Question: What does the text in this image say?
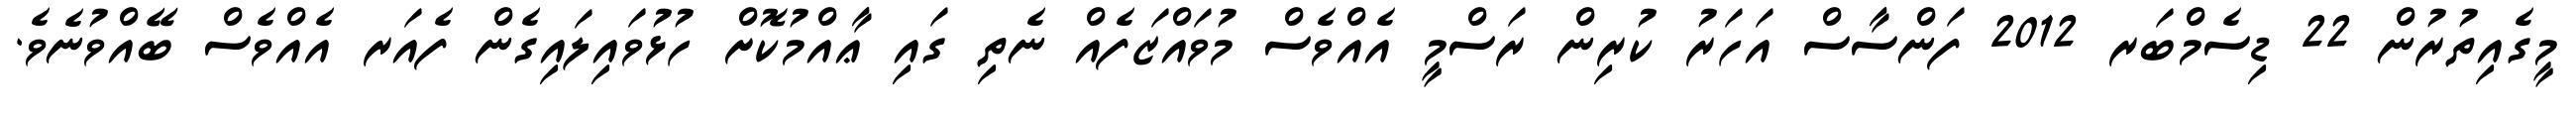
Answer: މީގެއިތުރުން 22 ޑިސެމްބަރ 2012 ފަންސާސް އަހަރު ކުރިން ރަސްމީ އެއްވެސް މުވައްޒަފެއް ނެތި ގައި ޢާއްމުކޮށް ހުޅުވައިލައިގެން ފެއަރ އެއްވެސް ބޭއްވުނެވެ.